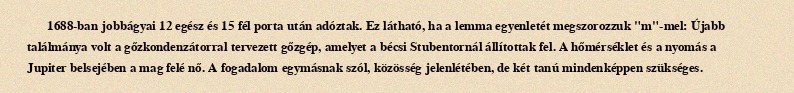
1688-ban jobbágyai 12 egész és 15 fél porta után adóztak. Ez látható, ha a lemma egyenletét megszorozzuk "m"-mel: Újabb találmánya volt a gőzkondenzátorral tervezett gőzgép, amelyet a bécsi Stubentornál állítottak fel. A hőmérséklet és a nyomás a Jupiter belsejében a mag felé nő. A fogadalom egymásnak szól, közösség jelenlétében, de két tanú mindenképpen szükséges.